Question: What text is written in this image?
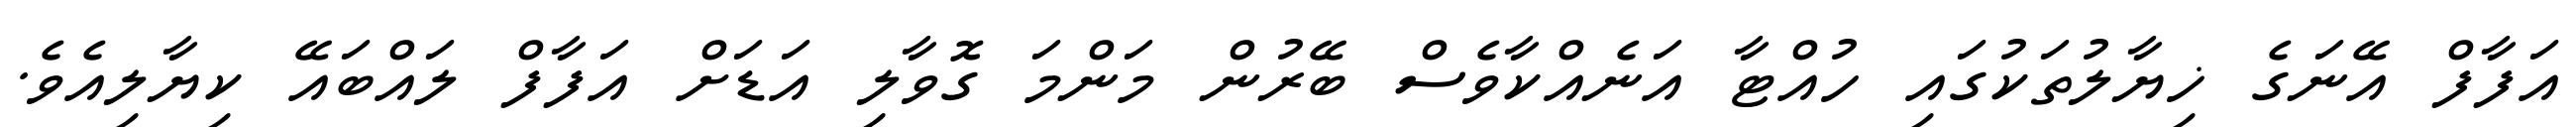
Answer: އަފާފް އޭނަގެ ޚިޔާލުތަކުގައި ހުއްޓާ އަނެއްކާވެސް ބޭރުން މަންމަ ގޮވާލި އަޑަށް އަފާފް ލައްބައޭ ކިޔާލިއެވެ.